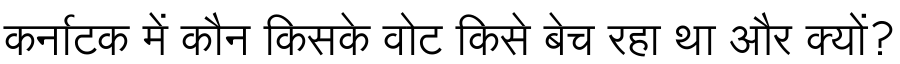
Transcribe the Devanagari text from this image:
कर्नाटक में कौन किसके वोट किसे बेच रहा था और क्यों?